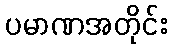
ပမာဏအတိုင်း